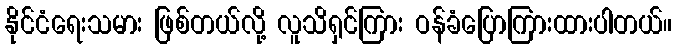
နိုင်ငံရေးသမား ဖြစ်တယ်လို့ လူသိရှင်ကြား ဝန်ခံပြောကြားထားပါတယ်။